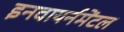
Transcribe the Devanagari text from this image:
इनवायर्नमेंटल